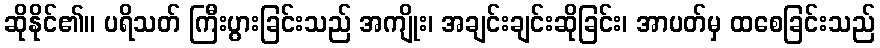
ဆိုနိုင်၏။ ပရိသတ် ကြီးပွားခြင်းသည် အကျိုး၊ အချင်းချင်းဆိုခြင်း၊ အာပတ်မှ ထစေခြင်းသည်